Vaccination in Bombay 1863-1868 - 1863-1868
Year: 1863
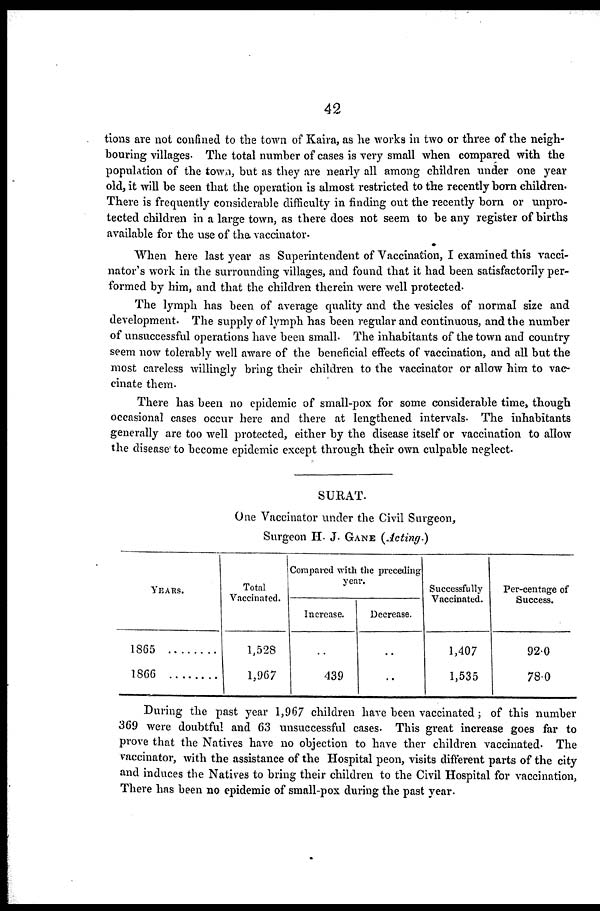
42
tions are not confined to the town of Kaira, as he works in two or three of the neigh-
bouring villages. The total number of cases is very small when compared with the
population of the town, but as they are nearly all among children under one year
old, it will be seen that the operation is almost restricted to the recently born children.
There is frequently considerable difficulty in finding out the recently born or unpro-
tected children in a large town, as there does not seem to be any register of births
available for the use of the. vaccinator.
When here last year as Superintendent of Vaccination, I examined this vacci-
nator's work in the surrounding villages, and found that it had been satisfactorily per-
formed by him, and that the children therein were well protected.
The lymph has been of average quality and the vesicles of normal size and
development. The supply of lymph has been regular and continuous, and the number
of unsuccessful operations have been small. The inhabitants of the town and country
seem now tolerably well aware of the beneficial effects of vaccination, and all but the
most careless willingly bring their children to the vaccinator or allow him to vac-
cinate them.
There has been no epidemic of small-pox for some considerable time, though
occasional cases occur here and there at lengthened intervals. The inhabitants
generally are too well protected, either by the disease itself or vaccination to allow
the disease to become epidemic except through their own culpable neglect.
SURAT.
One Vaccinator under the Civil Surgeon,
Surgeon H. J. GANE (Acting.)
YEARS.
1865
1866
Total
Vaccinated.
1,528
1,967
Compared with the preceding
year.
Increase.
..
439
Decrease.
..
..
Successfully
Vaccinated.
1,407
1,535
Per-centnge of
Success.
92.0
78.0
During the past year 1,967 children have been vaccinated; of this number
369 were doubtful and 63 unsuccessful cases. This great increase goes far to
prove that the Natives have no objection to have ther children vaccinated. The
vaccinator, with the assistance of the Hospital peon, visits different parts of the city
and induces the Natives to bring their children to the Civil Hospital for vaccination,
There has been no epidemic of small-pox during the past year.